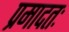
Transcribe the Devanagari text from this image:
प्रमादतः